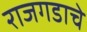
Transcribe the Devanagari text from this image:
राजगडाचे